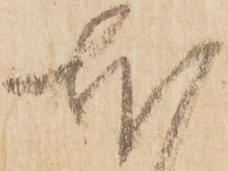
本